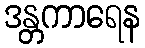
ဒန္တကာရေန